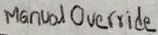
Text: Manual Override